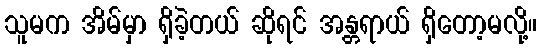
သူမက အိမ်မှာ ရှိခဲ့တယ် ဆိုရင် အန္တရာယ် ရှိတော့မလို့။